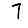
Digit: 7